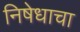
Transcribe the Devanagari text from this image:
निषेधाचा